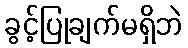
ခွင့်ပြုချက်မရှိဘဲ